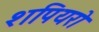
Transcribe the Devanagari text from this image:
शपियरो